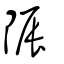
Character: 陙